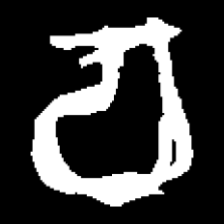
Pyu character \u2014 Myanmar letter: စ (romanized: ca)